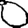
Digit: 0